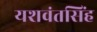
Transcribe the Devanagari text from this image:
यशवंतसिंह